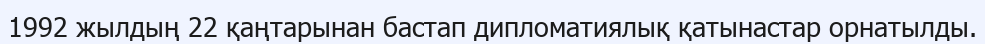
1992 жылдың 22 қаңтарынан бастап дипломатиялық қатынастар орнатылды.